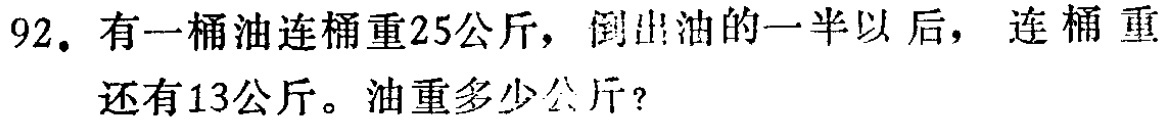
92. 有一桶油连桶重25公斤，倒出油的一半以后，连桶重还有13公斤。油重多少公斤？